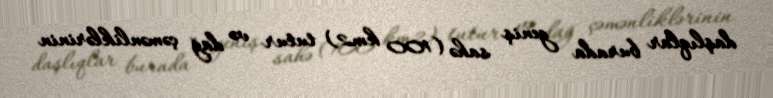
daşlıqlar burada geniş sahə (100 km2) tutur və dağ çəmənliklərinin